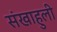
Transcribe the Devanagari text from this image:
संखाहुली